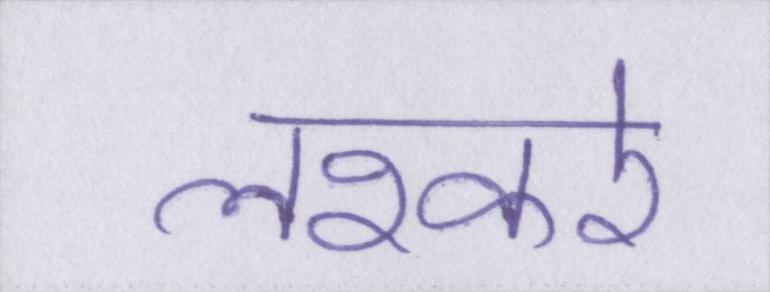
लश्करे